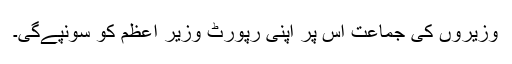
وزیروں کی جماعت اس پر اپنی رپورٹ وزیر اعظم کو سونپے‌گی۔